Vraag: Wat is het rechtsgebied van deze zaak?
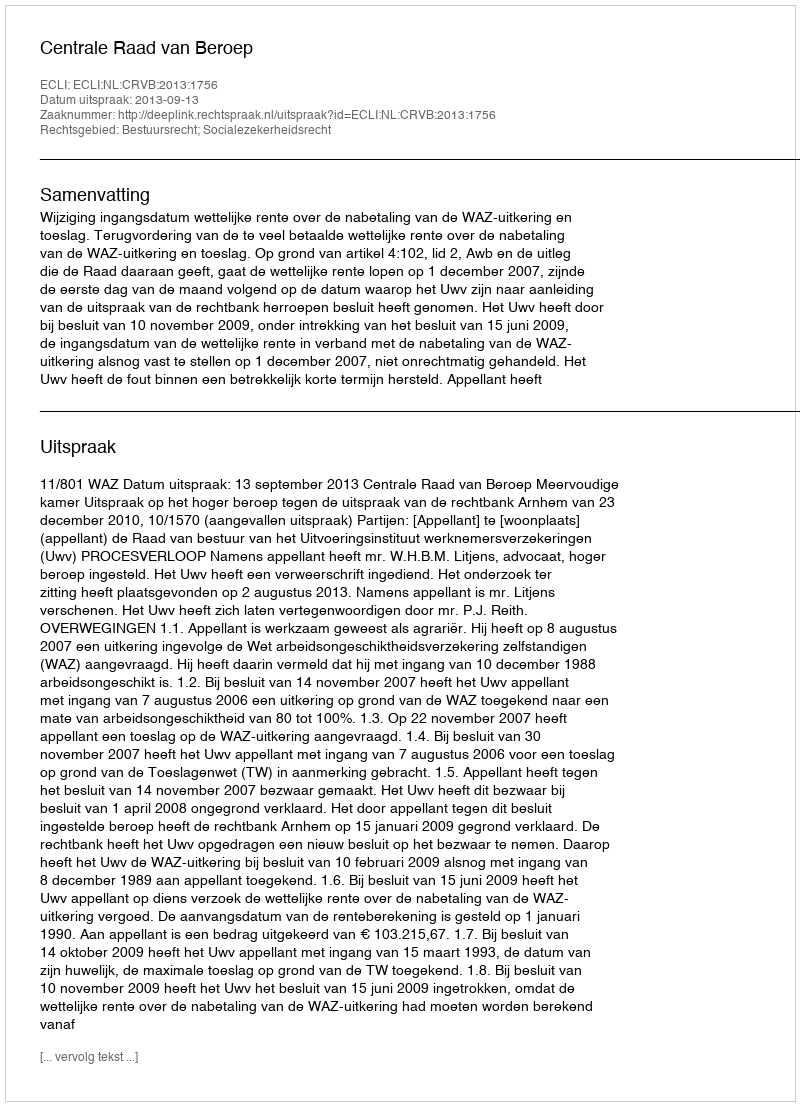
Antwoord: Bestuursrecht; Socialezekerheidsrecht